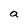
Character: a